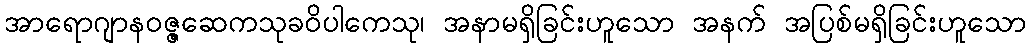
အာရောဂျာနဝဇ္ဇဆေကသုခဝိပါကေသု၊ အနာမရှိခြင်းဟူသော အနက် အပြစ်မရှိခြင်းဟူသော